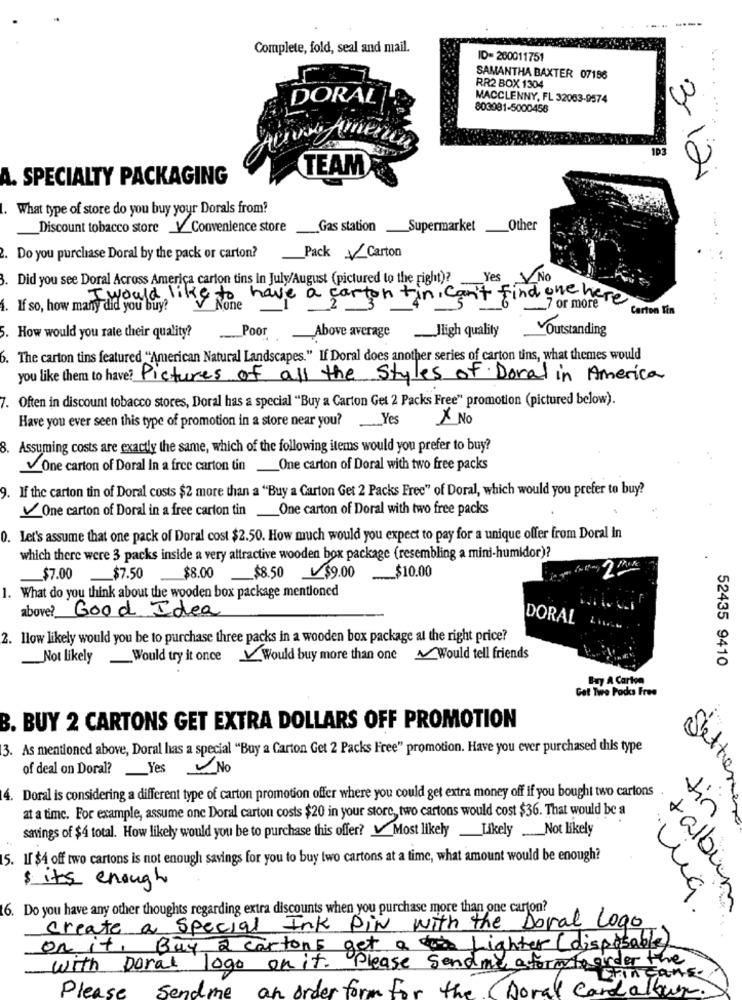
----
Complete, fold, seal and mail.
ID= 260011751
SAMANTHA BAXTER 07156
RR2 BOX 1304
DORAL
MACCLENNY, FL 32083-9574
803081-5000456
1D3
TEAM
A. SPECIALTY PACKAGING
3-12
What type of store do you buy your Dorals from?
Discount tobacco store V Convenience store
Gas station _Supermarket _Other
2. Do you purchase Doral by the pack or carton?
Pack Carton
Did you see Doral Across America carton tins in July/August (pictured to the right)?
Yes
NO
I would like to have a carton+
h Fin, can't find one here
4. If so, how many did you buy?"
7 or more
Carton Tin
Poor Above average
__ Jligh quality
Outstanding
. How would you rate their quality?
. The carton tins featured "American Natural Landscapes." If Doral does another series of carton tins, what themes would
you like them to have? Pictures of all the Styles of Doral in America
7. Often in discount tobacco stores, Doral has a special "Buy a Carton Get 2 Packs Free" promotion (pictured below).
Have you ever seen this type of promotion in a store near you? Yes
× No
8. Assuming costs are exactly the same, which of the following items would you prefer to buy?
One carton of Doral In a free carton tin One carton of Doral with two free packs
9. If the carton tin of Doral costs $2 more than a "Buy a Carton Get 2 Packs Free" of Doral, which would you prefer to buy?
VOne carton of Doral in a free carton tin_One carton of Doral with two free packs
0. Let's assume that one pack of Doral cost $2.50. How much would you expect to pay for a unique offer from Doral in
which there were 3 packs inside a very attractive wooden box package (resembling a mini-humidor)?
_$7.00
$7.50
_$8.00
$8.50 $9.00
_$10.00
1. What do you think about the wooden box package mentioned
above? Good Idea
DORAL
2. llow likely would you be to purchase three packs in a wooden box package al the right price?
Not likely Would try it once Would buy more than one~ Would tell friends
52435 9410
Buy A Carton
Got Twe Packs Free
B. BUY 2 CARTONS GET EXTRA DOLLARS OFF PROMOTION
3. As mentioned above, Doral has a special "Buy a Carton Get 2 Packs Free" promotion. Have you ever purchased this type
Sett
of deal on Doral ?_ Yes
No
4. Doral is considering a different type of carton promotion offer where you could get extra money off if you bought two cartons
at a time. For example, assume one Doral carton costs $20 in your store, two cartons would cost $36. That would be a
tin
savings of $4 total. How likely would you be to purchase this offer? _ Most likely Likely Not likely
15. I[ $4 off two cartons is not enough savings for you to buy two cartons at a time, what amount would be enough?
$ its enough
6. Do you have any other thoughts regarding extra discounts when you purchase more than one carton?
via.
talbum
create a Special Ink Pin with the Doral Logo
on it, Buy 2 cartons get a Lighter (disposable)
with Doral logo on it. Please send me aform to order the
in Gans
Seno
Ime
an order form for f
Doral Cardalbum.
Please